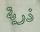
ذرية